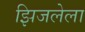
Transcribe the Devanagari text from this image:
झिजलेला